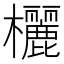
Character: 欐